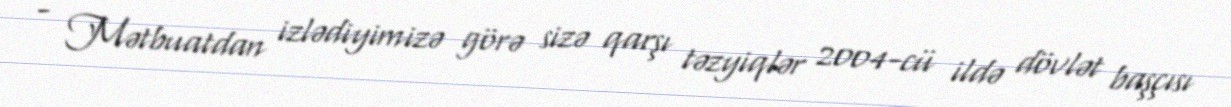
- Mətbuatdan izlədiyimizə görə sizə qarşı təzyiqlər 2004-cü ildə dövlət başçısı